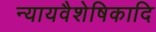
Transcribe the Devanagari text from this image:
न्यायवैशेषिकादि